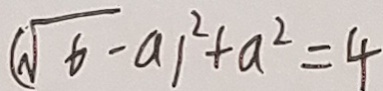
( \sqrt { \alpha } - a ) ^ { 2 } + a ^ { 2 } = 4